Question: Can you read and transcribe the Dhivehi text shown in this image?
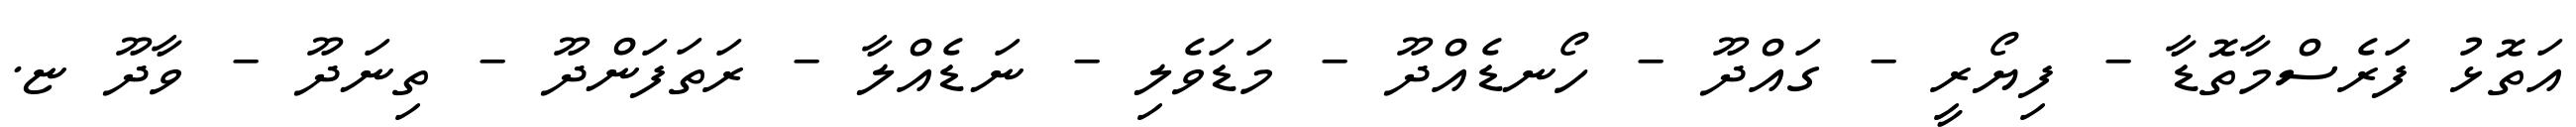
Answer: އަތޮޅު ފަރެސްމާތޮޑާ - ފިޔޯރީ - ގައްދޫ - ހޯނޑެއްދޫ - މަޑަވެލި - ނަޑެއްލާ - ރަތަފަންދޫ - ތިނަދޫ - ވާދޫ ޏ.